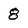
Character: 8